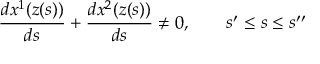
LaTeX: \frac { d x ^ { 1 } ( z ( s ) ) } { d s } + \frac { d x ^ { 2 } ( z ( s ) ) } { d s } \neq 0 , \quad \quad s ^ { \prime } \leq s \leq s ^ { \prime \prime }